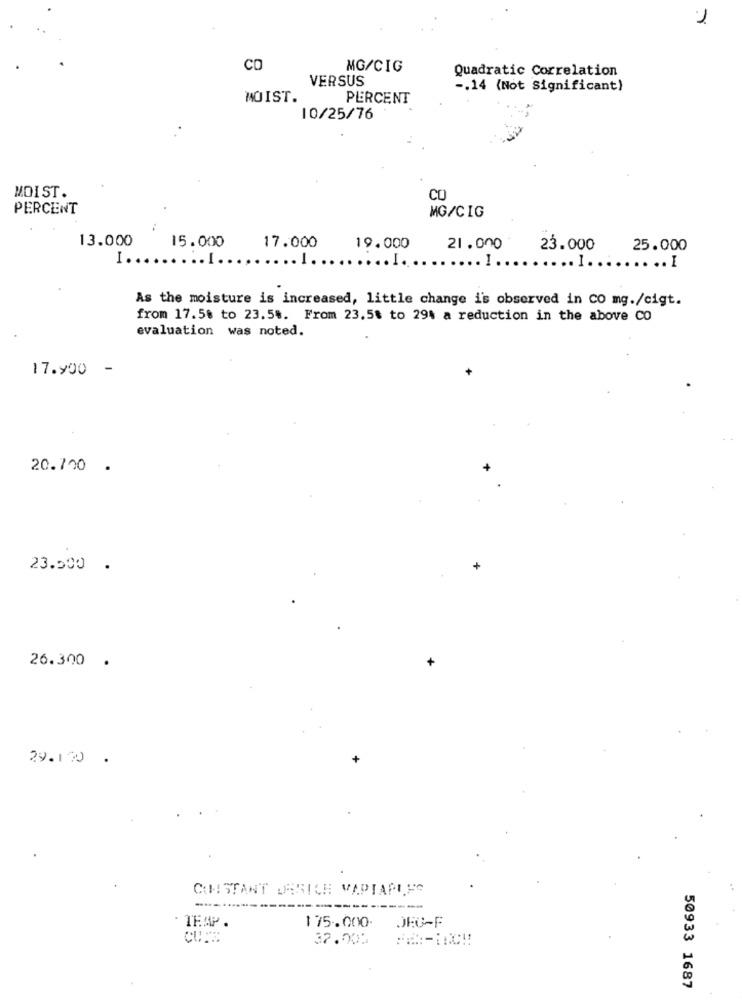
1
CO
MG/CIG
Quadratic Correlation
VERSUS
-. 14 (Not Significant)
MOIST.
PERCENT
10/25/76
MDIST.
CO
PERCENT
MG/CIG
13.000
15.000
17.000
19.000
21.000
23.000
25.000
I.
...
.. I
.. .
...
.. 1
.. 1.
.. .. I
As the moisture is increased, little change i's observed in co mg./cigt.
from 17.58 to 23.5%. From 23.5$ to 29% a reduction in the above CO
evaluation was noted.
17.900
-
20.700 .
23.500 .
+
26.300 .
29.170 .
CONSTANT JESICE VAPTAPIEG
--
----
· TEAP .
175.000. JEG-F
CUTE
32.000
50933 1687